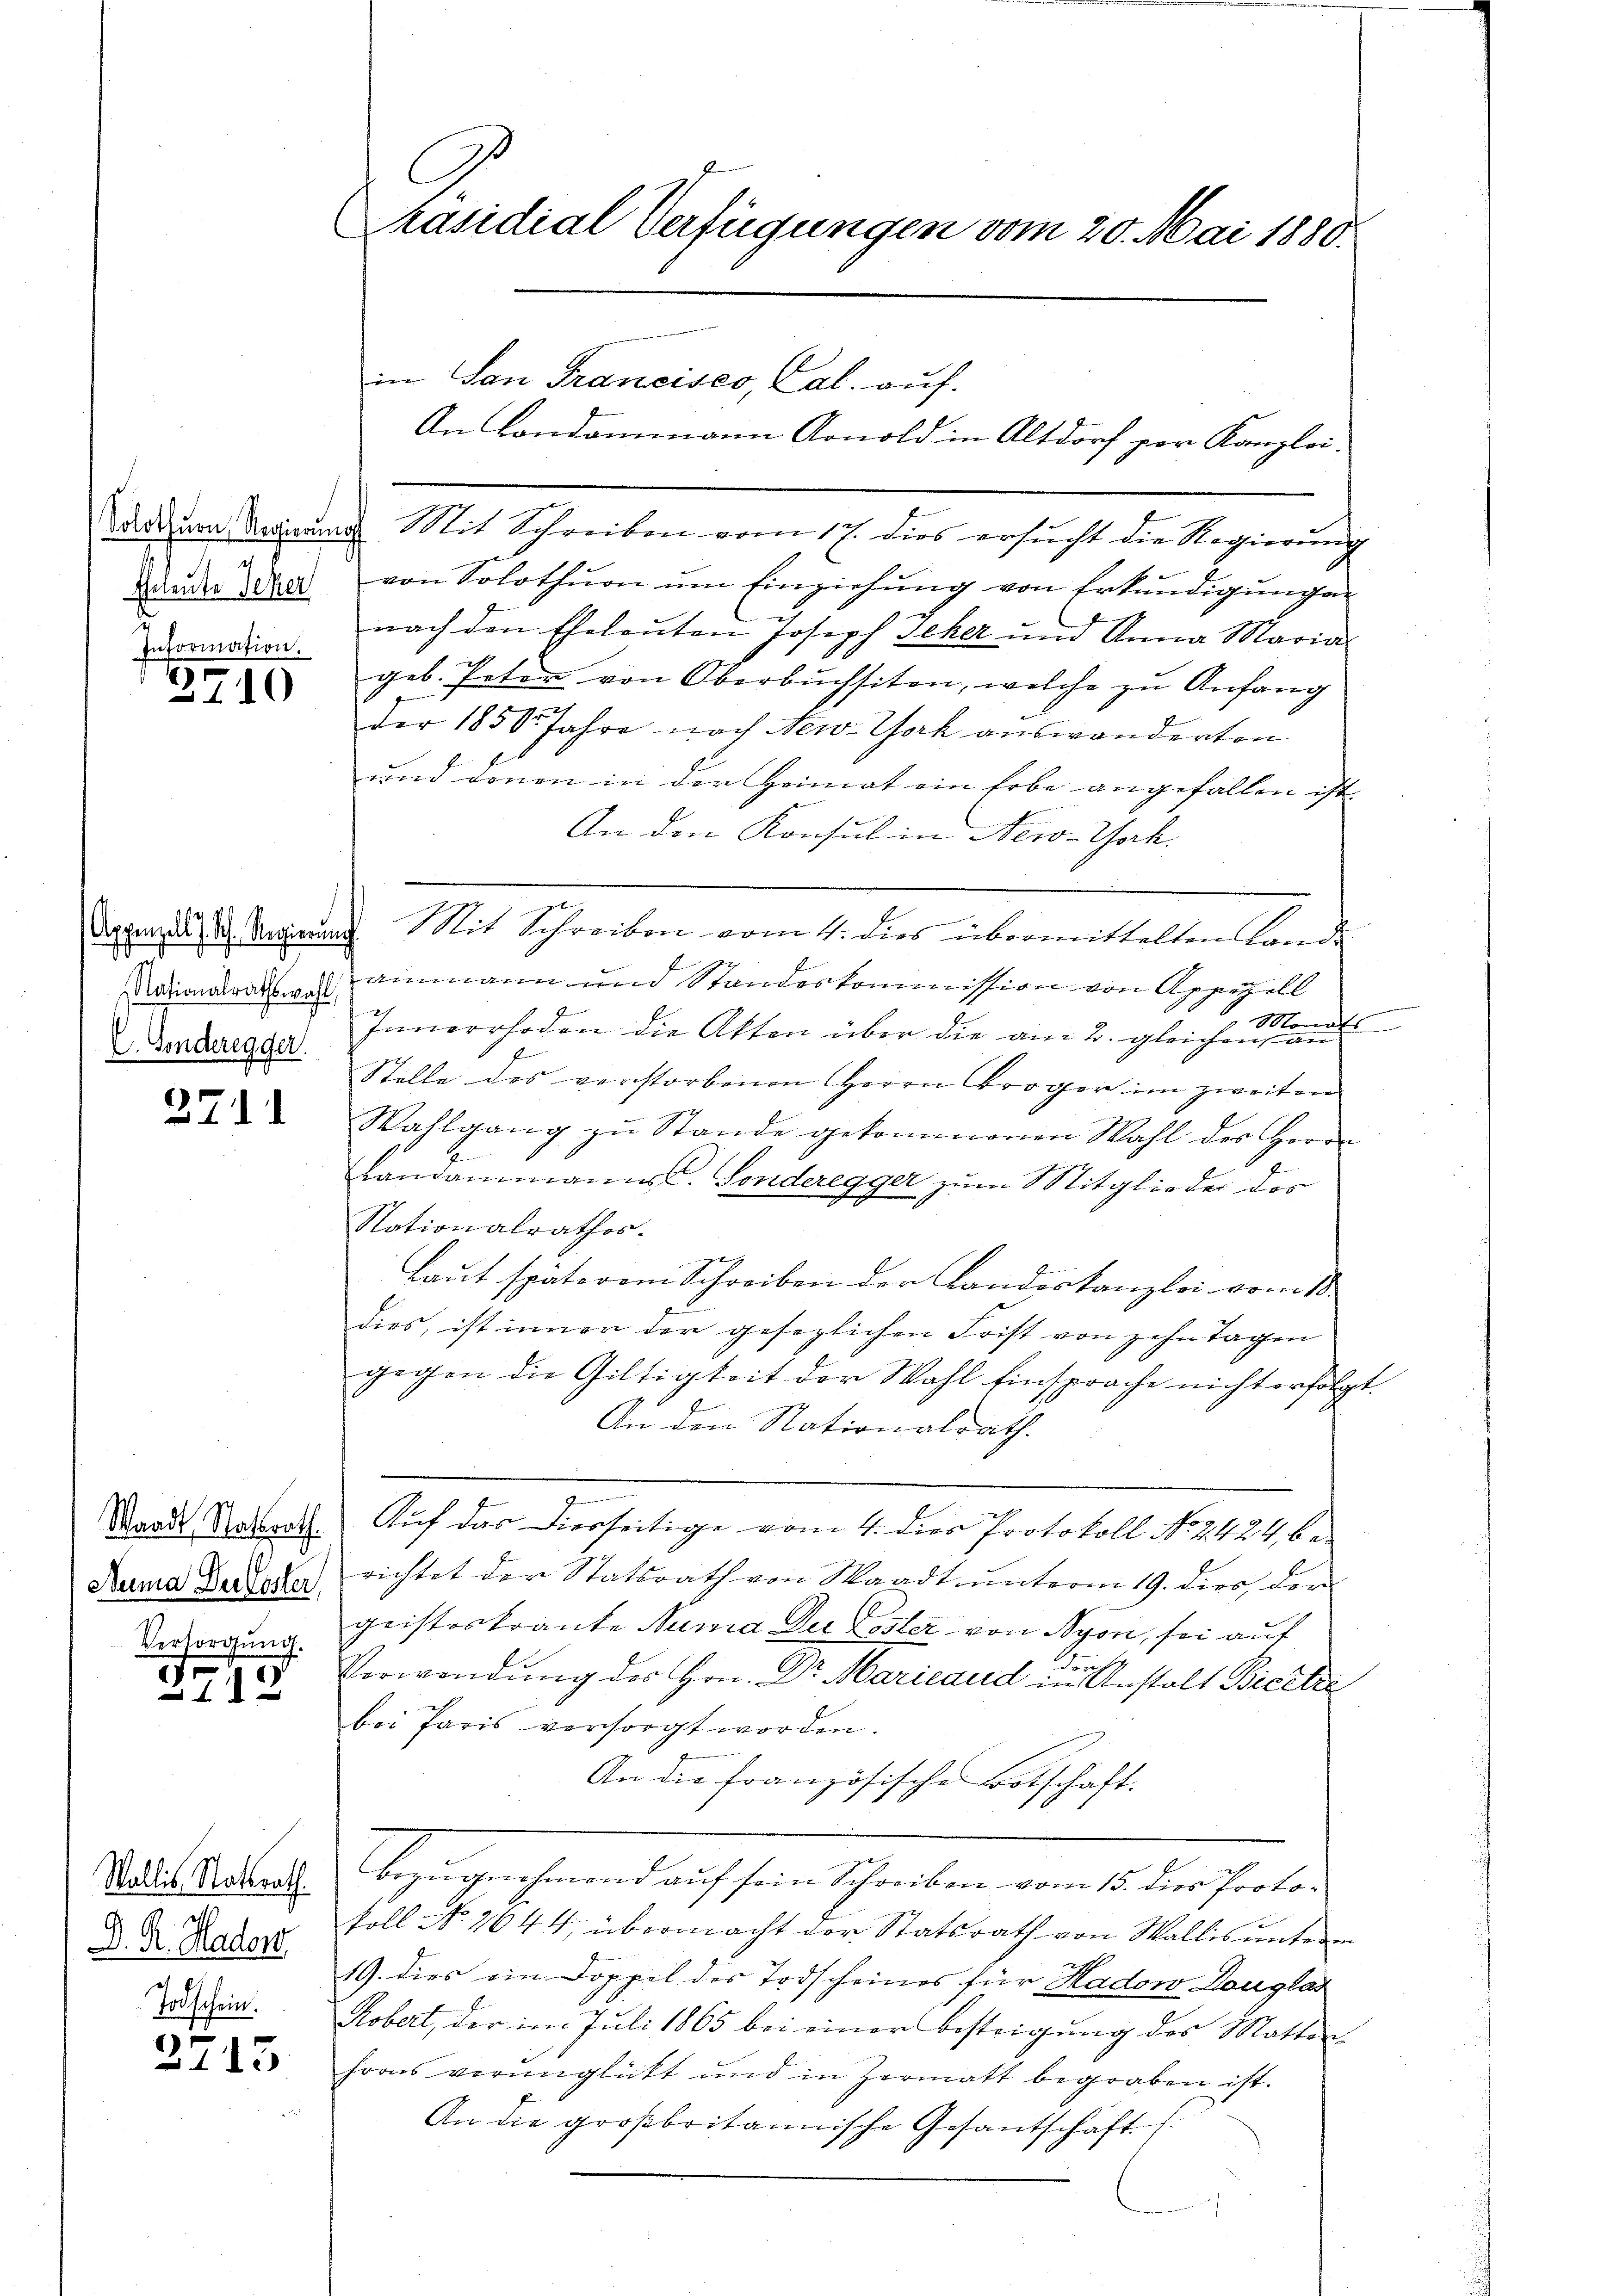
1
Eheleute Seher
d
Information.

3710

Nationalrathswahl,
C. Sonderegger

3711

Waadt, Statsrath.
Auma Du bester
Versorgung.

2712

Wollis Statsrath
ch
G
D. R. Hador
Todschein.

2713

Präsidial Verfügungen vom 20. Mai 1880.
in San Francisco, Cal. auf.
An Londommann Arnold in Altdorf per Kanzlei-

Dadium dringŭng Mit Schreiben vom 17. dies ersŭcht die Regierŭng
von Solothurn um Einziehung von Erkundigungen
nach den Eheleuten Joseph Scher und Anna Maria
ih
geb. Peter von Oberbuchsiten, welche zu Anfang
n
der 1850 Jahre nach New-York auswanderten
und denen in der Heimat ein Erbe angefallen ist. |
An den Konsul in New-Yoch.
Appenzel u. Regierŭng Mit Schreiben vom 4. dies übermittelten Lande
ammann und Standeskommission von Appepell
Innerrhoden die Akten über die am 2. gleichen
Stelle des verstorbenen Herrn Broger im zweiten
Wahlgang zŭ Stande gekommenen Wahl der Herre
Landammannst. Sonderegger zum Mitglieder des
Stationalrathes.
Laut späterem Schreiben der Landoskanzlei vom 18.
dies, ist inner der gesezlichen Frist von zehn Tagen
gegen die Giltigkeit der Wahl Einsprache nicht erfolgt.
An den Nationalrath.
7
Auf das diesseitige vom 4. dies Protokoll No 2424, berichtet der Statsrath von Waadt unterm 19. dies der
geisteskrante Numa Die Poster von Nyon, sei auf
Verwendung des Hrn. Dr Marieaud in Anstalt Bicke
bei Paris versorgt worden.
An die französische Botschaft
Abezugehend auf sein scheiden von der halten
koll No 2644, übermacht der Statsrath von Wallis unterm
19. dies ein Doppel des Todscheines für Hadow Douglas
Robert, der im Juli 1865 bei einer Besteigung des Motter
horns verunglückt und in Hermatt begraben ist.
An die großbritannische Gesantschaft s